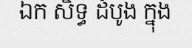
ឯក សិទ្ធ ដំបូង ក្នុង